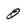
Character: O